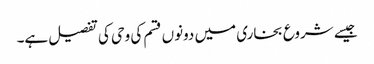
جیسے شروع بخاری میں دونوں قسم کی وحی کی تفصیل ہے۔